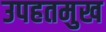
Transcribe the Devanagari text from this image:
उपहतमुख